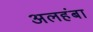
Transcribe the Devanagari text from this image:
अलहंबा